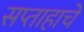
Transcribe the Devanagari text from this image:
सप्ताहाचे